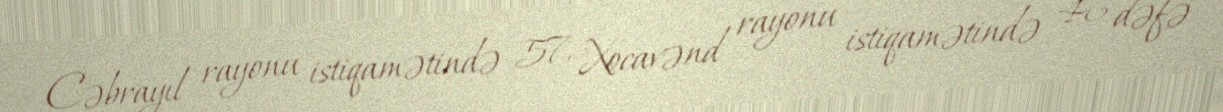
Cəbrayıl rayonu istiqamətində 57, Xocavənd rayonu istiqamətində 46 dəfə